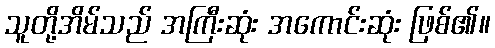
သူတို့အိမ်သည် အကြီးဆုံး အကောင်းဆုံး ဖြစ်၏။